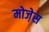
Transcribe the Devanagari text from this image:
मोजे़स